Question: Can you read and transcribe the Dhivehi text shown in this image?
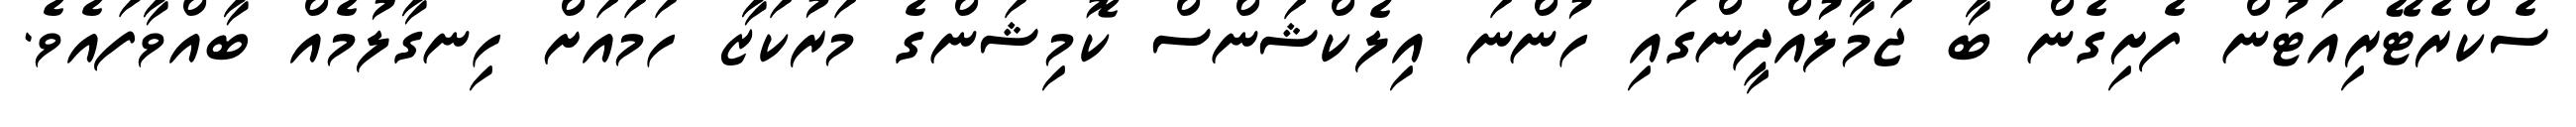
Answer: ސެކްރެޓޭރިއަޓުން ފެށިގެން ބާ ޖަމާލުއްދީންގައި ހުންނަ އިލެކްޝަންސް ކޮމިޝަންގެ މަރުކަޒާ ހަމައަށް ހިނގާލުމެއް ބާއްވާފައެވެ.